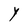
Character: Y